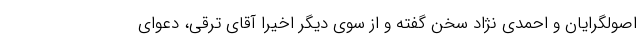
اصولگرایان و احمدی نژاد سخن گفته و از سوی دیگر اخیرا آقای ترقی، دعوای